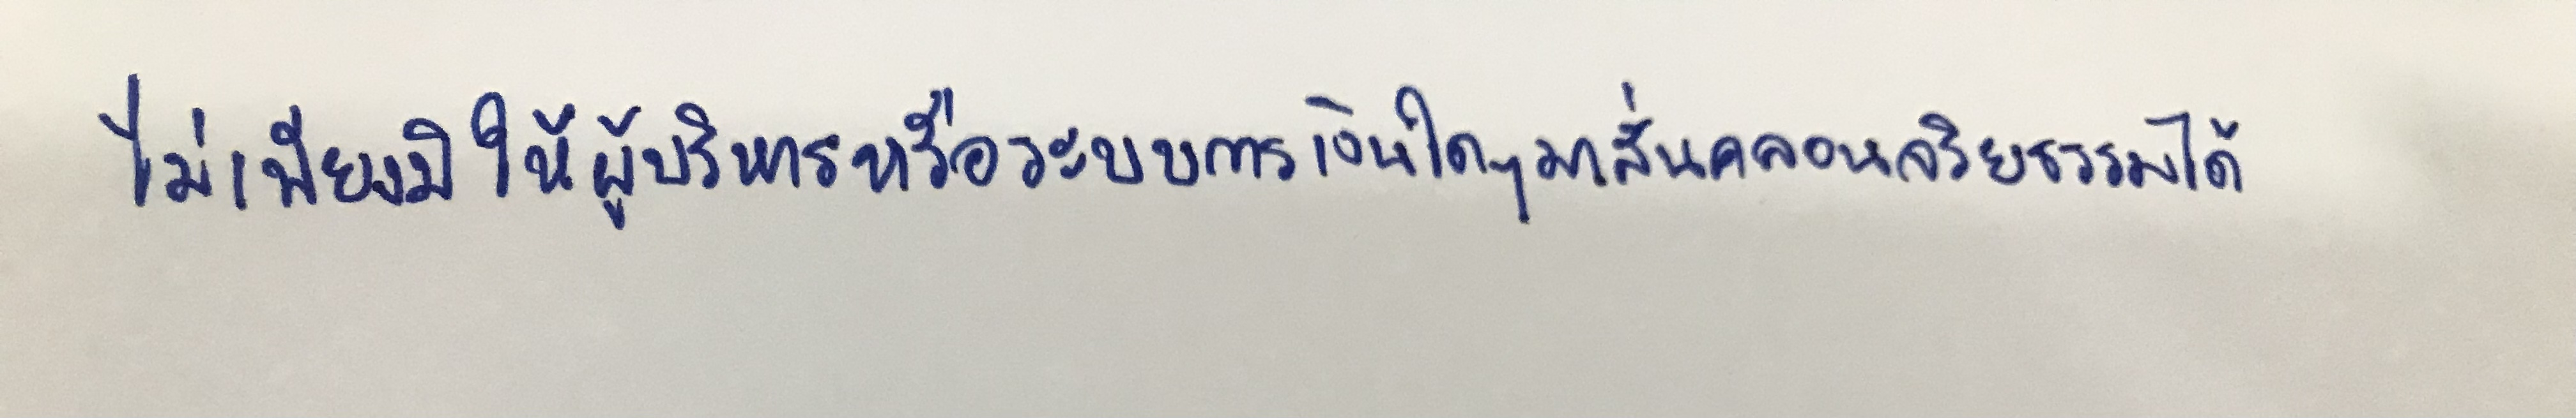
ไม่เพียงมิให้ผู้บริหารหรือระบบการเงินใดๆมาสั่นคลอนจริยธรรมได้